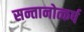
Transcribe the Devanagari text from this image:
सन्तानोत्कर्ष